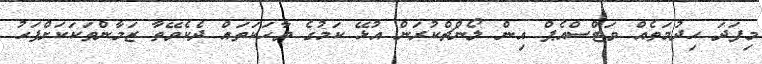
މިފަދަ ހިދުމަތެއް ވަޓްސްއެޕް އިން ލޯންޗްކުރަން އުޅޭ ކަމުގެ ވާހަކަތައް ދެކެވޭތާ ޒަމާންތަކަކަށްފަހު